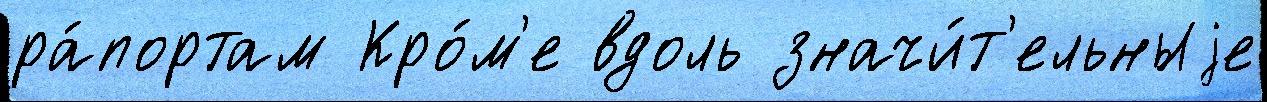
ра́портам Кро́м'е вдоль значи́т'ельныjе